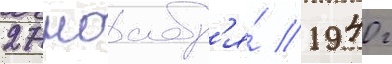
27 ноабр'я́ 1940 г